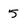
Character: 5